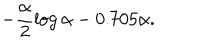
- \frac { \alpha } { 2 } \log \alpha - 0 . 7 0 5 \alpha .